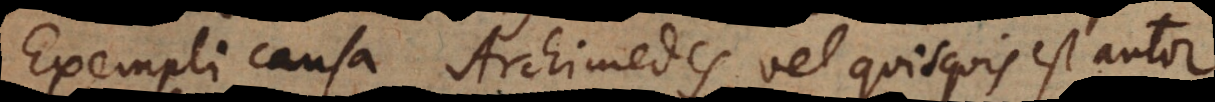
Exempli causa Archimedes vel quisquis est autor